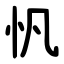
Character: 忛